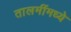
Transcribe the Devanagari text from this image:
तालमींमध्ये